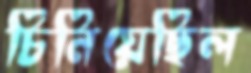
চিনিয়েছিল